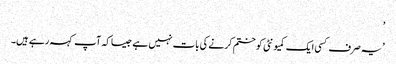
’
’یہ صرف کسی ایک کمیونٹی کو ختم کرنے کی بات نہیں ہے جیسا کہ آپ کہہ رہے ہیں۔